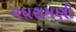
પધરામણી